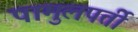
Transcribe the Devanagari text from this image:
पामुलपर्ती